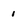
Character: 1